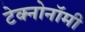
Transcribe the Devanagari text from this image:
टेक्नोनॉमी